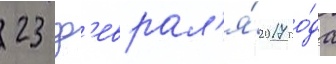
23 ф'еврал'я́ 2017 го́да